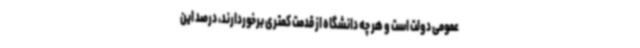
عمومی دولت است و هر چه دانشگاه از قدمت کمتری برخوردارند، درصد این